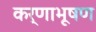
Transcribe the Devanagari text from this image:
कर्णाभूषण